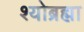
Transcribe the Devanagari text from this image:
श्योब्रह्मा